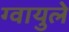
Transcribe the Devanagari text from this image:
ग्वायुले